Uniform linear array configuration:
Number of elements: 64
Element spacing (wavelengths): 0.25
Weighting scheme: uniform
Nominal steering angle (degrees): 45
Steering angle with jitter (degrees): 43.243
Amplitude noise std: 0.05
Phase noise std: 0.05

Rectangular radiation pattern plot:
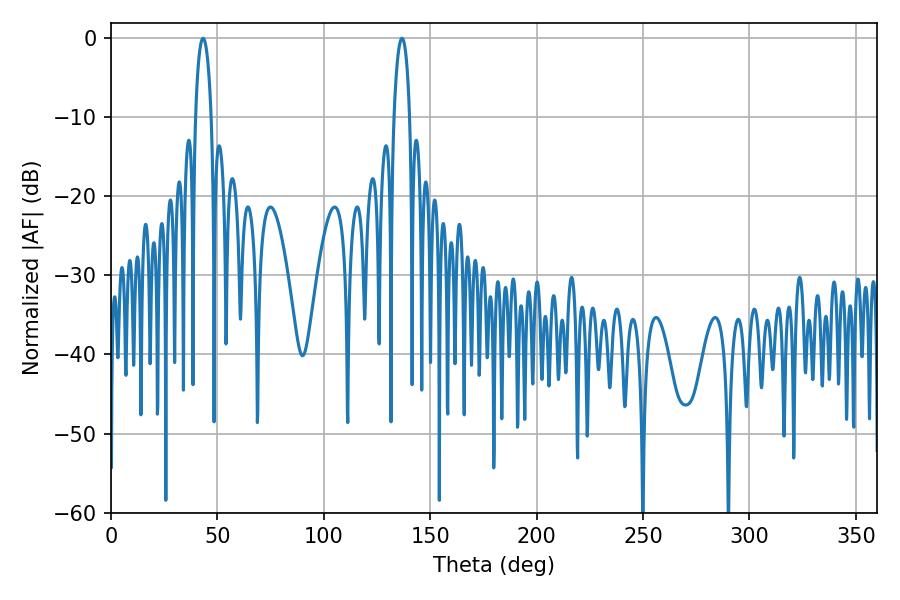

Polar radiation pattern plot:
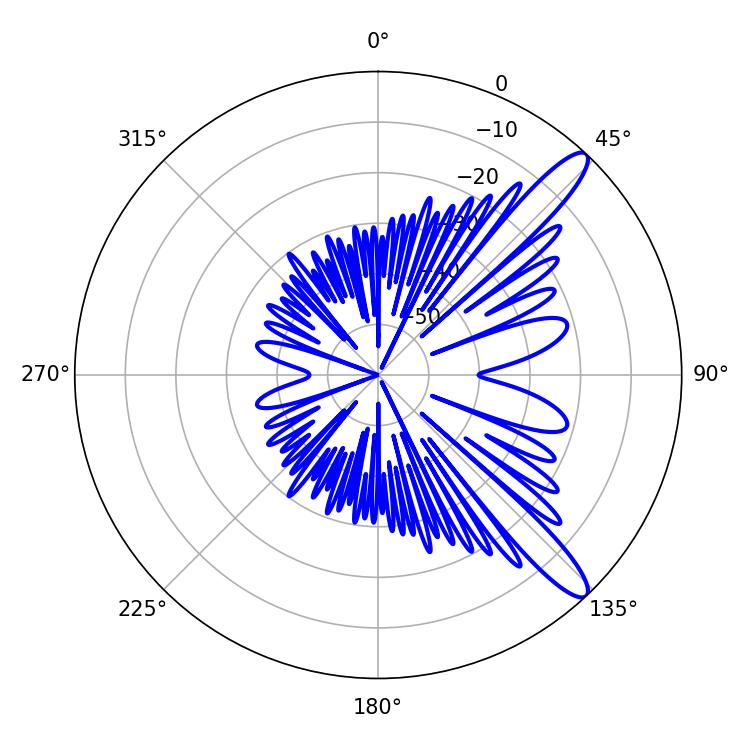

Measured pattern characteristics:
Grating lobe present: FALSE
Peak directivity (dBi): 12.296
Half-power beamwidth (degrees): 4.14
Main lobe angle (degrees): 43.2